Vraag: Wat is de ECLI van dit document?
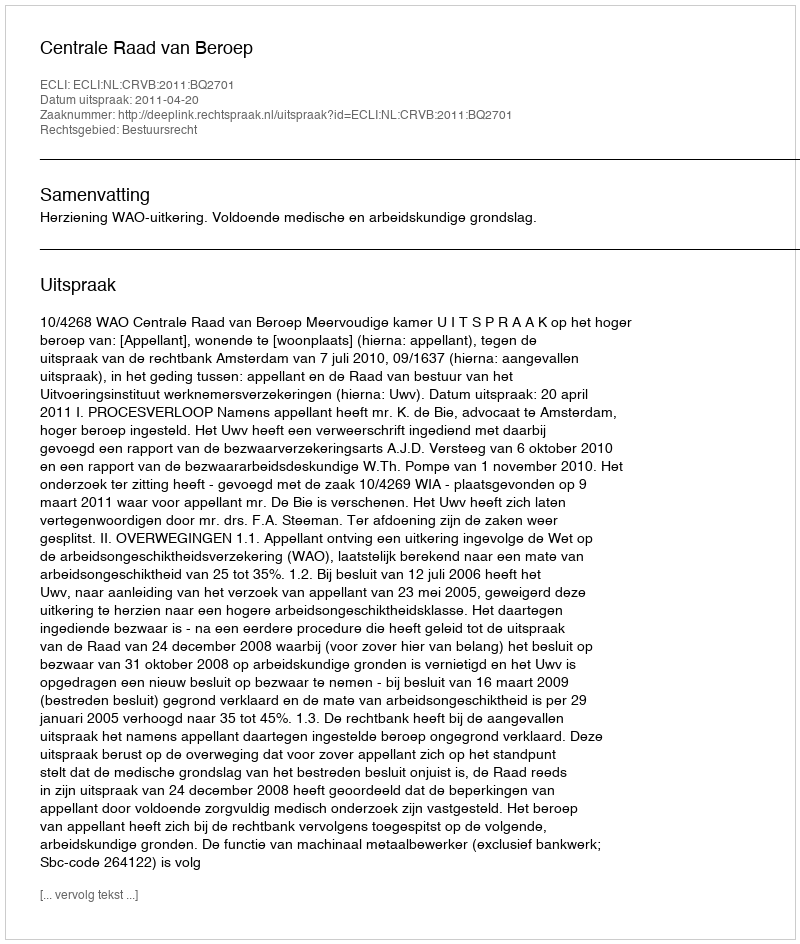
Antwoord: ECLI:NL:CRVB:2011:BQ2701